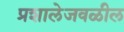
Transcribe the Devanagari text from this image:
प्रशालेजवळील